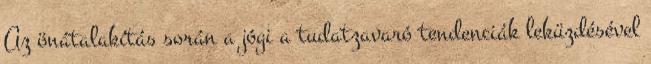
Az önátalakítás során a jógi a tudatzavaró tendenciák leküzdésével